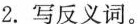
2.写反义词。